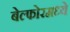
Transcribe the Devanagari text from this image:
बेल्फोरमध्ये